Indian Medical Review
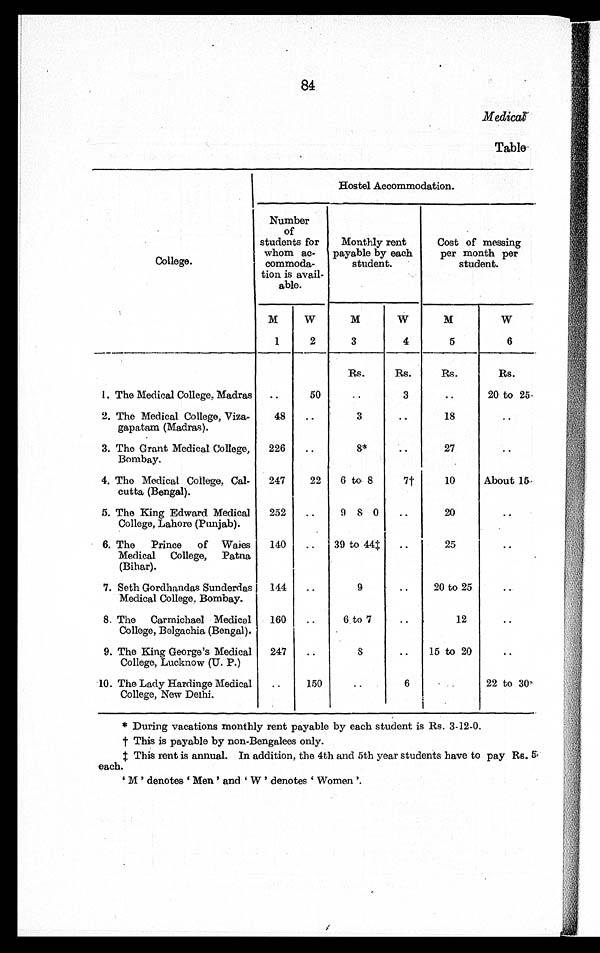
84
Medica l
Table
College.
Hostel Accommodation.
Number
of
students
for whom
ac-commoda
-ti on i s avai l -abl e.
Monthly
rent payable by
each student.
Cost of
month
per messing
per
student.
M
W
M
W
M
W
1
2
3
4
5
6
Rs.
Rs.
Rs.
Rs.
1. The Medical College, Madras
50
3
20 to 25
2. The Medical College, Viza
gapatam (Madras).
48
3
18
3. The Grant Medical College,
Bombay.
226
8*
27
4. The Medical College, Cal
cutta (Bengal).
247
22
6 to 8
7†
10
About 15
5. The King Edward Medical
College, Lahore (Punjab).
252
9 8 0
20
6. The Prince of Wales
Medical College, Patna
(Bihar).
140
3 9 t o 4 4 ‡
25
7. Seth Gordhandas Sunderdas
Medical College, Bombay.
144
9
20 to 25
8. The Carmichael Medical
College, Belgachia (Bengal).
160
6
t o 7
12
9. The King George's Medical
College, Lucknow (U. P.)
247
8
15 to 20
10. The Lady Hardinge Medical
College, New Delhi.
150
6
22 to 30
* During vacations monthly rent payable by each student is Rs. 3-12-0.
† This is payable by non-Bengalees only.
‡ This rent is annual. In addition, the 4th and 5th year students have to pay Rs. 5
each.
'M' denotes 'Men' and 'W' denotes 'Women'.